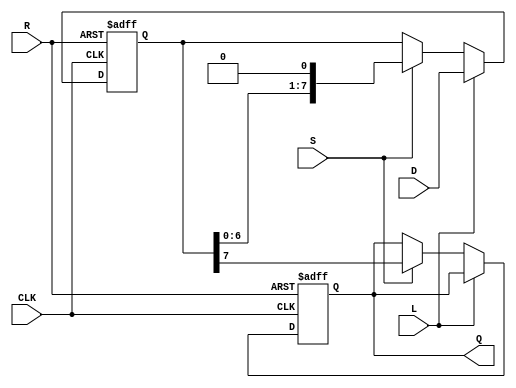
module piso_register (
    input wire [7:0] D,     // 8-bit parallel data input
    input wire L,           // Load control signal
    input wire S,           // Shift control signal
    input wire CLK,         // Clock signal
    input wire R,           // Asynchronous reset signal
    output reg Q            // Serial output
);

    reg [7:0] shift_reg;    // 8-bit shift register

    always @(posedge CLK or posedge R) begin
        if (R) begin
            // Asynchronous reset
            shift_reg <= 8'b0;
            Q <= 1'b0;  // Reset serial output
        end else if (L) begin
            // Loading mode
            shift_reg <= D; // Load data into the shift register
        end else if (S) begin
            // Shifting mode
            Q <= shift_reg[7]; // Output the MSB
            shift_reg <= {shift_reg[6:0], 1'b0}; // Shift right, fill with 0
        end
    end

endmodule